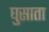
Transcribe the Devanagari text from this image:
घुसाता